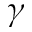
\gamma